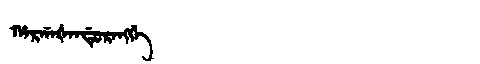
Manchu: ᡥᠠᡵᡤᠠᡧᠠᠨᡩᡠᡵᠠᠩᡤᡝ
Romanization: HARGAŠANDURANGGE